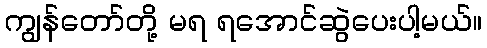
ကျွန်တော်တို့ မရ ရအောင်ဆွဲပေးပါ့မယ်။